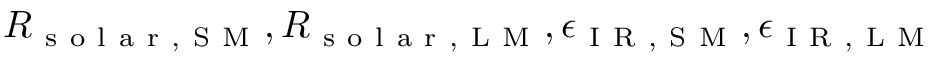
R _ { \mathrm { ~ s ~ o ~ l ~ a ~ r ~ , ~ S ~ M ~ } } , R _ { \mathrm { ~ s ~ o ~ l ~ a ~ r ~ , ~ L ~ M ~ } } , \epsilon _ { \mathrm { ~ I ~ R ~ , ~ S ~ M ~ } } , \epsilon _ { \mathrm { ~ I ~ R ~ , ~ L ~ M ~ } }